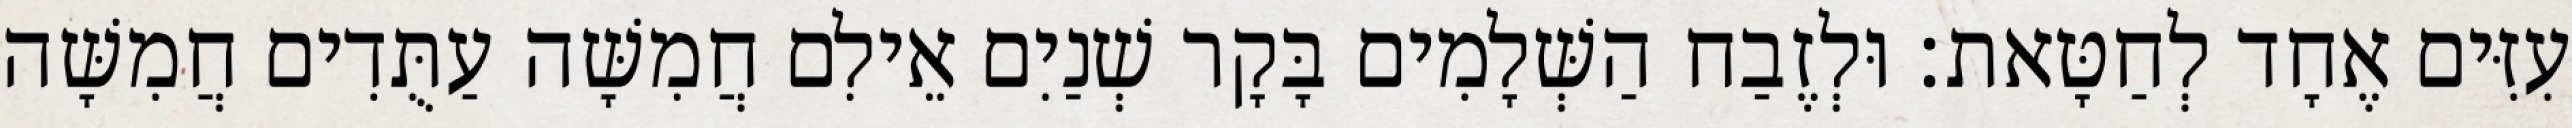
עִזִּים אֶחָד לְחַטָּאת׃ וּלְזֶבַח הַשְּׁלָמִים בָּקָר שְׁנַיִם אֵילִם חֲמִשָּׁה עַתֻּדִים חֲמִשָּׁה